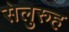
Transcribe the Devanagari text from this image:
सेलुरुह